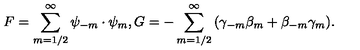
{ F } = { \sum _ { m = 1 / 2 } ^ { \infty } \psi _ { - m } \cdot \psi _ { m } } , { G } = { - \sum _ { m = 1 / 2 } ^ { \infty } \left( \gamma _ { - m } \beta _ { m } + \beta _ { - m } \gamma _ { m } \right) } .